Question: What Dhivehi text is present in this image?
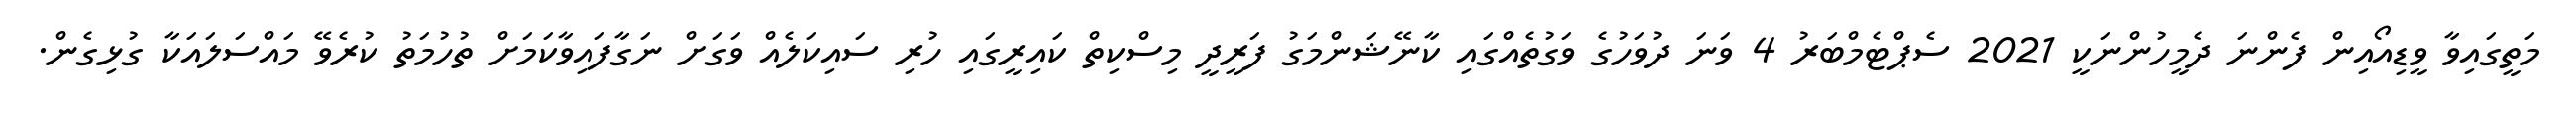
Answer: މަތީގައިވާ ވީޑިއޯއިން ފެންނަ ދެމީހުންނަކީ 2021 ސެޕްޓެމްބަރު 4 ވަނަ ދުވަހުގެ ވަގުތެއްގައި ކާނޭޝަންމަގު ފަރީދީ މިސްކިތް ކައިރީގައި ހުރި ސައިކަލެއް ވަގަށް ނަގާފައިވާކަމަށް ތުހުމަތު ކުރެވޭ މައްސަލައަކާ ގުޅިގެން.